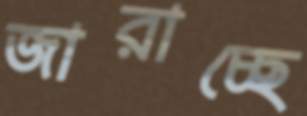
জারাচ্ছে